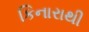
કિનારાથી